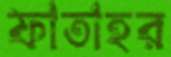
ফাতাহর